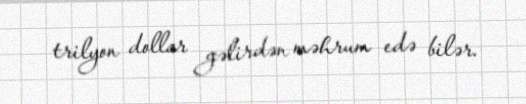
trilyon dollar gəlirdən məhrum edə bilər.